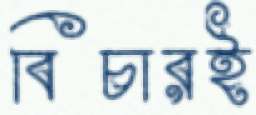
বিচারই